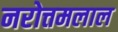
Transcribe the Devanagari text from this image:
नरोत्तमलाल